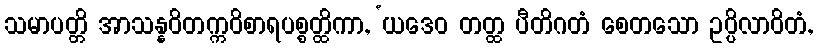
သမာပတ္တိ အာသန္နဝိတက္ကဝိစာရပစ္စတ္ထိကာ, ‘ယဒေဝ တတ္ထ ပီတိဂတံ စေတသော ဥပ္ပိလာဝိတံ,